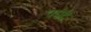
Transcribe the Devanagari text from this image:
प्रपेदे